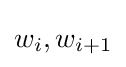
w_{i},w_{i+1}